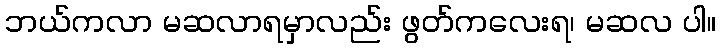
ဘယ်ကလာ မဆလာရမှာလည်း ဖွတ်ကလေးရ၊ မဆလ ပါ။